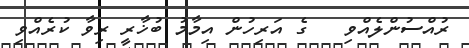
ރުއްސުންލެއްވި   ގެ އަރިހުން އިމާމު ބުޚާރީ ރިވާ ކުރެއްވި